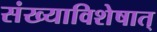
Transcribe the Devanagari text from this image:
संख्याविशेषात्